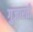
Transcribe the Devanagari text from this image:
गुजारती